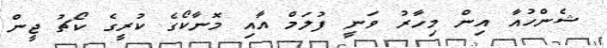
ޝެންހުއާ އިން މިހާރު ވަނީ ފުލަމް އާއި މޮނާކޯގެ ކުރީގެ ކޯޗު ޖީން